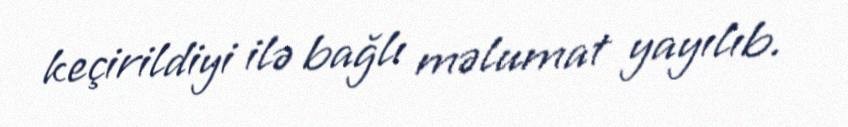
keçirildiyi ilə bağlı məlumat yayılıb.